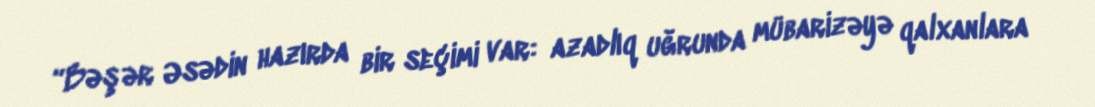
“Bəşər Əsədin hazırda bir seçimi var: azadlıq uğrunda mübarizəyə qalxanlara